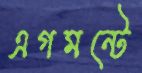
এগমন্টে